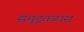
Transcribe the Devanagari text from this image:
समुद्रतळास